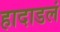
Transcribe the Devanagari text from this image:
हादाडलं